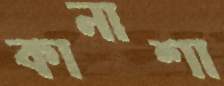
কানাশা